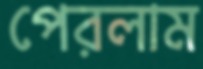
পেরলাম